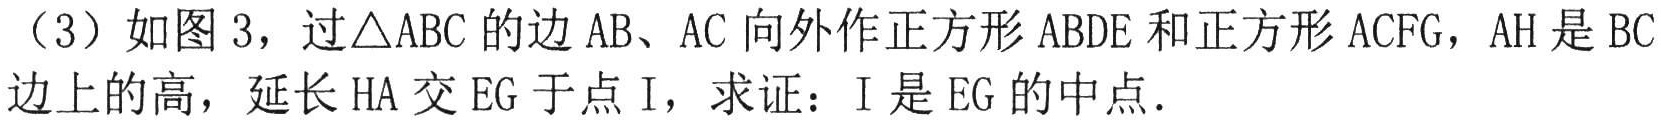
（3）如图 3，过\(\triangle ABC\)的边\(AB\)、\(AC\)向外作正方形\(ABDE\)和正方形\(ACFG\)，\(AH\)是\(BC\)边上的高，延长\(HA\)交\(EG\)于点\(I\)，求证：\(I\)是\(EG\)的中点．